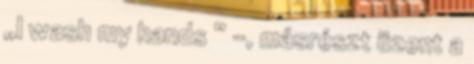
„I wash my hands ” -, másrészt üzent a